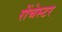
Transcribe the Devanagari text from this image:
रोंचेस्टर